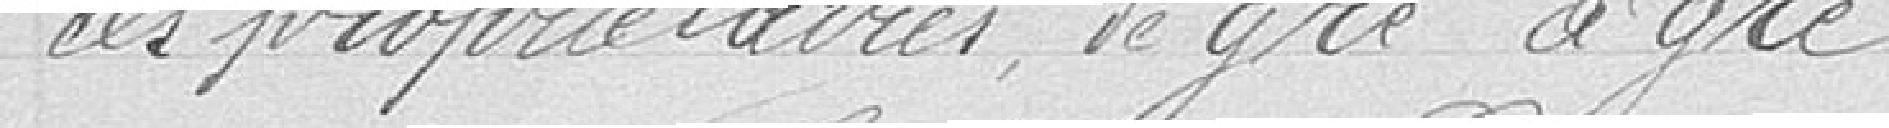
les propriétaires de gré à gré.